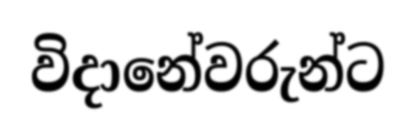
විදානේවරුන්ට